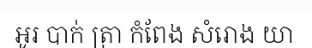
អូរ បាក់ ត្រា កំពែង សំរោង យា